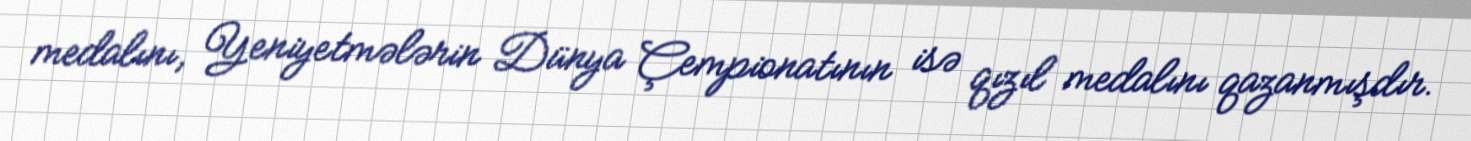
medalını, Yeniyetmələrin Dünya Çempionatının isə qızıl medalını qazanmışdır.